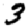
Digit: 3